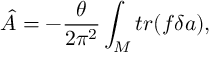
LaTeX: \hat { \cal A } = - \frac { \theta } { 2 \pi ^ { 2 } } \int _ { M } t r ( f \delta a ) ,